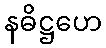
နဓိဋ္ဌဟေ